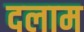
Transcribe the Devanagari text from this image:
दलाम